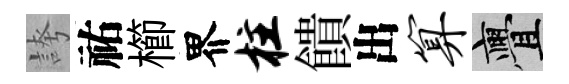
誇祐櫛界柱饋出算亹